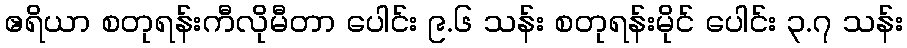
ဧရိယာ စတုရန်းကီလိုမီတာ ပေါင်း ၉.၆ သန်း စတုရန်းမိုင် ပေါင်း ၃.၇ သန်း